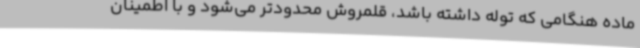
ماده هنگامی که توله داشته باشد، قلمروش محدودتر می‌شود و با اطمینان